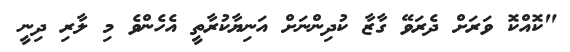
"ކޮއްކޮ ވަރަށް ދެރަވޭ ގާޒާ ކުދިންނަށް އަނިޔާކުރާތީ އެހެންވެ މި ލާރި ދިނީ